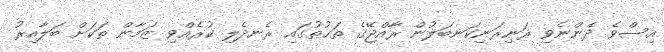
އިސްވެ ދެންނެވި ރަނިރަނިކަނބަލުން ރާއްޖޭގެ ތަޚުތުގައި ރެނދެލި ކުރެއްވި ޒަމާން ތަކަށް ބަލާއިރު